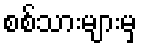
စစ်သားများမှ